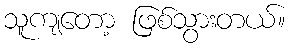
သူကျတော့ ဖြစ်သွားတယ်။